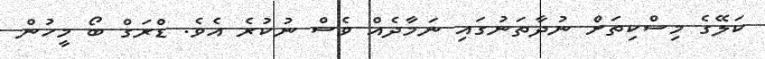
ކަލޭގެ މިސްކިތަށް ނުދާތަނުގައި ނަމާދެއް ވެސް ނުކުރެ އެވެ. ޑްރަގް ބޯ މީހުން